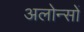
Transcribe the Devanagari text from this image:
अलोन्सों